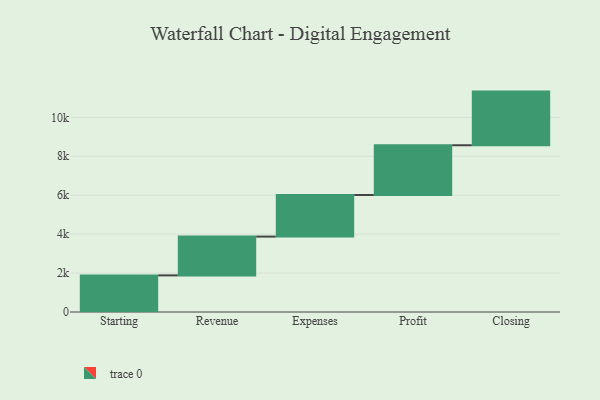
{"axis": {"x": "Step", "y": "Value"}, "legend": [""], "data": [{"x": "Starting", "y": 1881.0, "type": ""}, {"x": "Revenue", "y": 1993.0, "type": ""}, {"x": "Expenses", "y": 2138.0, "type": ""}, {"x": "Profit", "y": 2555.0, "type": ""}, {"x": "Closing", "y": 2756.0, "type": ""}]}